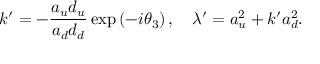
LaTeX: k ^ { \prime } = - \frac { a _ { u } d _ { u } } { a _ { d } d _ { d } } \exp \left( - i \theta _ { 3 } \right) , \mathrm { \quad } \lambda ^ { \prime } = a _ { u } ^ { 2 } + k ^ { \prime } a _ { d } ^ { 2 } .